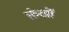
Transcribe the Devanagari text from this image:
फ़ंखों